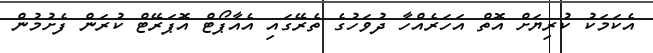
އެކަމަކު ކުރިޔަށް އޮތް އަހަރެއްހާ ދުވަހުގެ ތެރޭގައި އެއާޕޯޓް އޮޕަރޭޓް ކުރަން ފެށުމުން